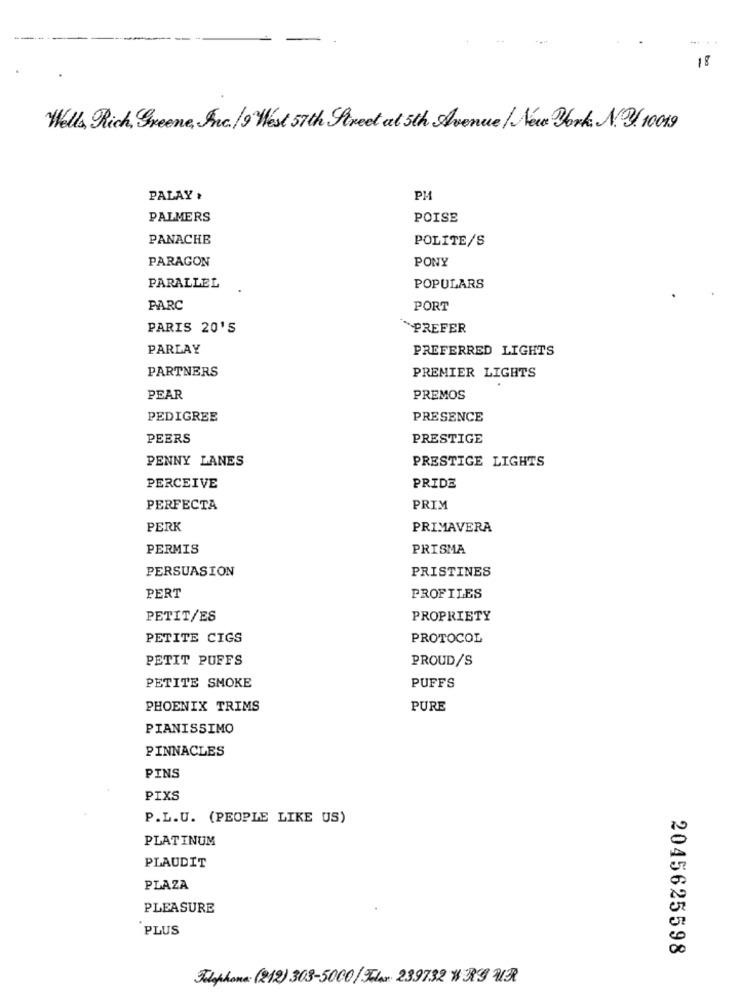
18
Wells Rich, Greene, Inc./9 West 57th Street at 5th Avenue / New York. N.3. 10019
PALAY :
PH
PALMERS
POISE
PANACHE
POLITE/S
PARAGON
PONY
PARALLEL
POPULARS
PARC
PORT
PARIS 20'S
*PREFER
PARLAY
PREFERRED LIGHTS
PARTNERS
PREMIER LIGHTS
PEAR
PREMOS
PEDIGREE
PRESENCE
PEERS
PRESTIGE
PENNY LANES
PRESTIGE LIGHTS
PERCEIVE
PRIDE
PERFECTA
PRIM
PERK
PRIMAVERA
PERMIS
PRISMA
PERSUASION
PRISTINES
PERT
PROFILES
PETIT/ES
PROPRIETY
PETITE CIGS
PROTOCOL
PETIT PUFFS
PROUD/S
PETITE SMOKE
PUFFS
PHOENIX TRIMS
PURE
PIANISSIMO
PINNACLES
PINS
PIXS
P.L.U. (PEOPLE LIKE US)
PLATINUM
PLAUDIT
PLAZA
PLEASURE
`PLUS
2045625598
Telephone (212) 303-5000/ Flar 239732 # 39 W3